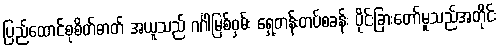
ပြည်ထောင်စုစိတ်ဓာတ် အယူသည် ဂင်္ဂါမြစ်ဝှမ်း ရှေ့တန်းတပ်စခန်း ပိုင်းခြားတော်မူသည်အတိုင်း